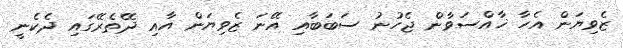
ޒެވިޔަން އެހާ ޚާއްސަވާން ޖެހުނު ސަބަބާއި އޭނަ ޒެވިޔަން އާއި ދޭތެރޭގައި ދެކެނީ